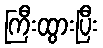
ကြီးထွားပြီး